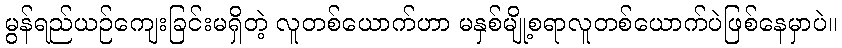
မွန်ရည်ယဉ်ကျေးခြင်းမရှိတဲ့ လူတစ်ယောက်ဟာ မနှစ်မျို့စရာလူတစ်ယောက်ပဲဖြစ်နေမှာပဲ။